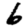
Digit: 6